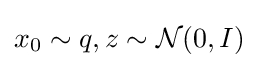
x_{0}\sim q,z\sim {\mathcal {N}}(0,I)